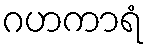
ဂဟကာရံ